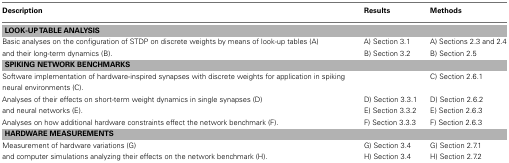
| Description | Results | Methods |
 | --- | --- | --- |
 | <COLSPAN=3> LOOK-UP TABLE ANALYSIS |
 | Basic analyses on the configuration of STDP on discrete weights by means of look-up tables (A) | A) Section 3.1 | A) Sections 2.3 and 2.4 |
 | and their long-term dynamics (B). | B) Section 3.2 | B) Section 2.5 |
 | <COLSPAN=3> SPIKING NETWORK BENCHMARKS |
 | Software implementation of hardware-inspired synapses with discrete weights for application in spiking neural environments (C). |  | C) Section 2.6.1 |
 | Analyses of their effects on short-term weight dynamics in single synapses (D) | D) Section 3.3.1 | D) Section 2.6.2 |
 | and neural networks (E). | E) Section 3.3.2 | E) Section 2.6.3 |
 | Analyses on how additional hardware constraints effect the network benchmark (F). | F) Section 3.3.3 | F) Section 2.6.3 |
 | <COLSPAN=3> HARDWARE MEASUREMENTS |
 | Measurement of hardware variations (G) | G) Section 3.4 | G) Section 2.7.1 |
 | and computer simulations analyzing their effects on the network benchmark (H). | H) Section 3.4 | H) Section 2.7.2 |